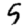
Digit: 5